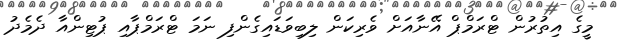
މީގެ އިތުރުން ޓްރަމްޕް އޭނާއަށް ވެރިކަން ލިބިވަޑައިގެންފި ނަމަ ޓްރަމްޕާއި ޕުޓިންއާ ދެމެދު